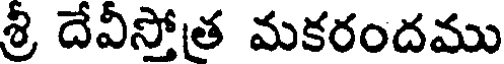
శ్రీ దేవీస్తోత మకరందము